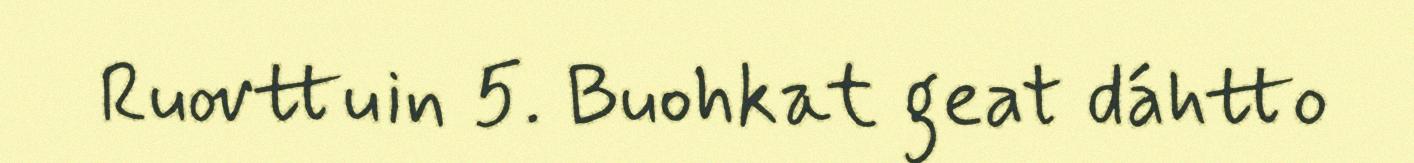
Ruovttuin 5. Buohkat geat dáhtto